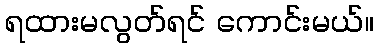
ရထားမလွတ်ရင် ကောင်းမယ်။